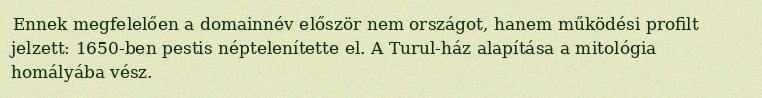
Ennek megfelelően a domainnév először nem országot, hanem működési profilt jelzett: 1650-ben pestis néptelenítette el. A Turul-ház alapítása a mitológia homályába vész.